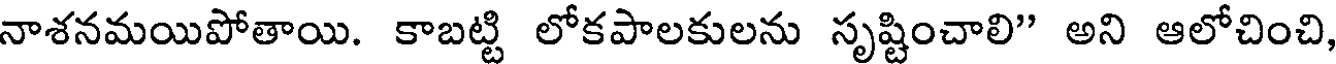
నాశనమయిపోతాయి. కాబట్టి లోకపాలకులను సృష్టించాలి" అని ఆలోచించి,